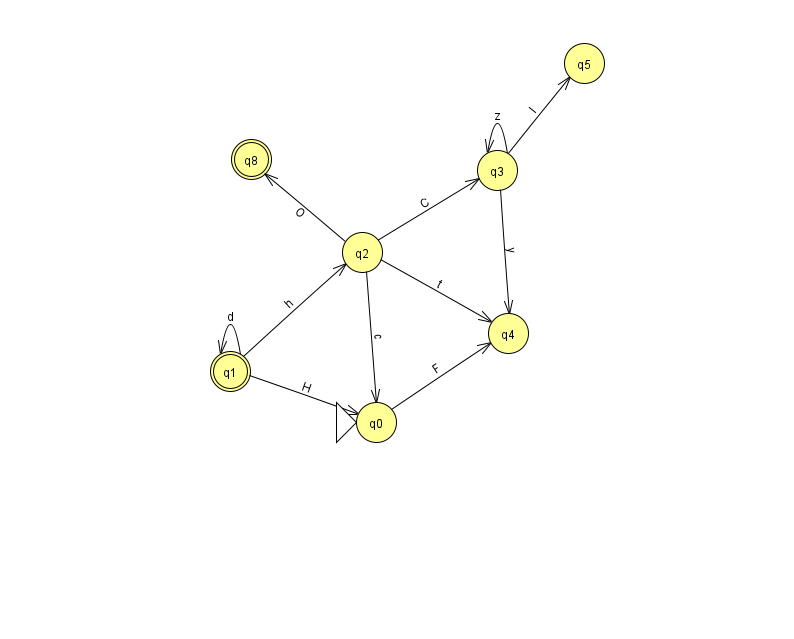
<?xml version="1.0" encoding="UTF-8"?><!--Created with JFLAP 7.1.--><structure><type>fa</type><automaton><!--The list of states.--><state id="0" name="q0"><x>376.0</x><y>409.0</y><initial/></state><state id="1" name="q1"><x>230.0</x><y>358.0</y><final/></state><state id="2" name="q2"><x>362.0</x><y>239.0</y></state><state id="3" name="q3"><x>497.0</x><y>157.0</y></state><state id="4" name="q4"><x>508.0</x><y>320.0</y></state><state id="5" name="q5"><x>584.0</x><y>50.0</y></state><state id="8" name="q8"><x>251.0</x><y>146.0</y><final/></state><!--The list of transitions.--><transition><from>1</from><to>2</to><read>h</read></transition><transition><from>2</from><to>8</to><read>O</read></transition><transition><from>3</from><to>5</to><read>I</read></transition><transition><from>1</from><to>1</to><read>d</read></transition><transition><from>0</from><to>4</to><read>F</read></transition><transition><from>2</from><to>4</to><read>t</read></transition><transition><from>3</from><to>3</to><read>z</read></transition><transition><from>3</from><to>4</to><read>y</read></transition><transition><from>2</from><to>0</to><read>c</read></transition><transition><from>1</from><to>0</to><read>H</read></transition><transition><from>2</from><to>3</to><read>C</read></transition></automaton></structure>